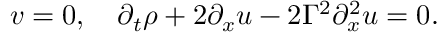
\begin{array} { r } { v = 0 , \quad \partial _ { t } \rho + 2 \partial _ { x } u - 2 \Gamma ^ { 2 } \partial _ { x } ^ { 2 } u = 0 . } \end{array}